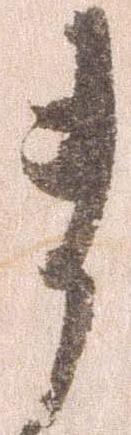
ま